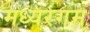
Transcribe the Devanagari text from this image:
मध्यरंगम